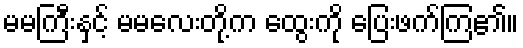
မမကြီးနှင့် မမလေးတို့က ထွေးကို ပြေးဖက်ကြ၏။